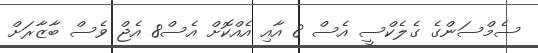
ސެމްސަންގެ ގެލެކްސީ އެސް 8 އާއި އެއްކޮށް އެސް8 އެޖް ވެސް ބާޒާރަށް